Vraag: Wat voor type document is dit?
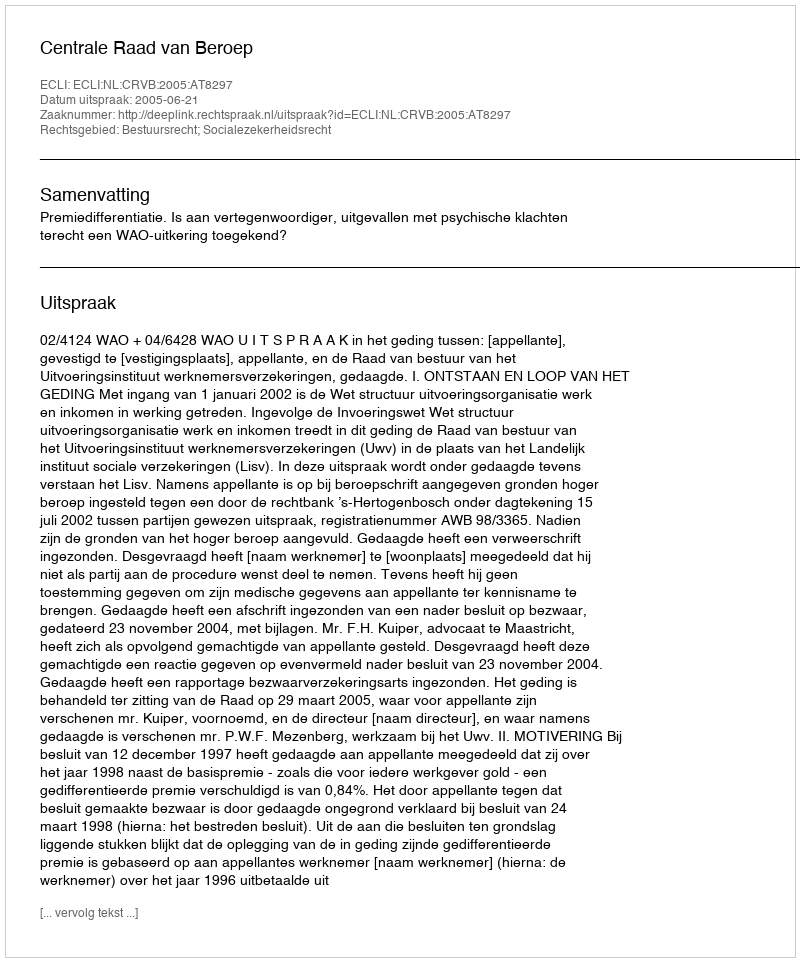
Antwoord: Uitspraak